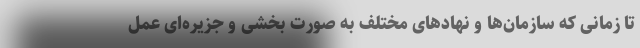
تا زمانی که سازمان‌ها و نهادهای مختلف به صورت بخشی و جزیره‌ای عمل